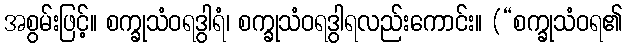
အစွမ်းဖြင့်။ စက္ခုသံဝရဒွါရံ၊ စက္ခုသံဝရဒွါရလည်းကောင်း။ (“စက္ခုသံဝရ၏